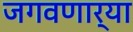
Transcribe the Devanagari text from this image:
जगवणार्‍या